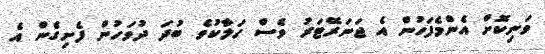
ވަނިކޮށް އެންމެފަހުން އެ ޖަނަރޭޓަރު ވެސް ހަލާކުވެ ބުދަ ދުވަހުން ފެށިގެން އެ